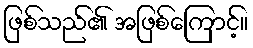
ဖြစ်သည်၏ အဖြစ်ကြောင့်။